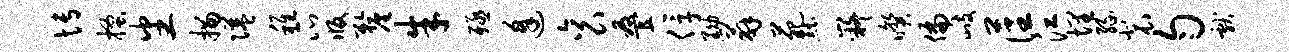
博搔番描隘稚瓜版厘朱殛逢衮叠俘黝薜苑黜嶷暌偏歧藩江埋缘裴匀献